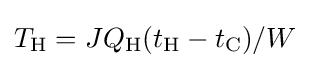
T_{\mathrm {H} }=JQ_{\mathrm {H} }(t_{\mathrm {H} }-t_{\mathrm {C} })/W